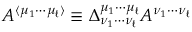
A ^ { \langle \mu _ { 1 } \cdots \mu _ { \ell } \rangle } \equiv \Delta _ { \nu _ { 1 } \cdots \nu _ { \ell } } ^ { \mu _ { 1 } \cdots \mu _ { \ell } } A ^ { \nu _ { 1 } \cdots \nu _ { \ell } }